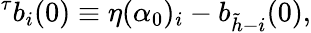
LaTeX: ^{\tau}b_{i}(0)\equiv\eta(\alpha_{0})_{i}-b_{\tilde{h}-i}(0),